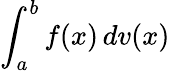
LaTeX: \int_{a}^{b}f(x)\, dv(x)